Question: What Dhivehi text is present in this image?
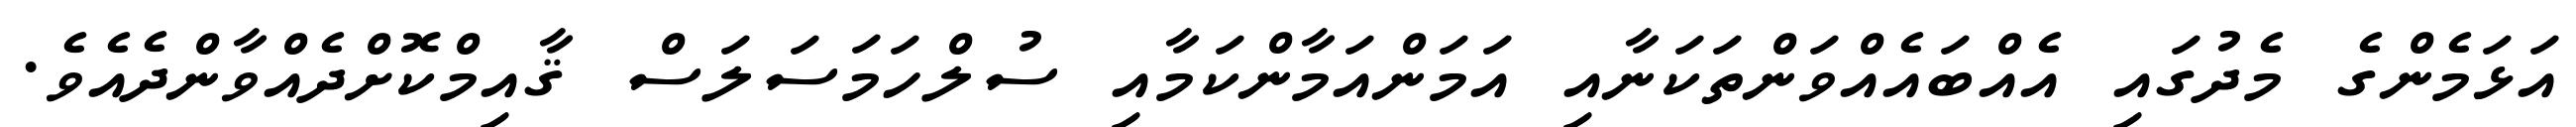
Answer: އަޅަމެންގެ މެދުގައި އެއްބައެއްވަންތަކަނާއި އަމަންއަމާންކަމާއި ސުލްހަމަސަލަސް ޤާއިމްކޮށްދެއްވާންދެއެވެ.